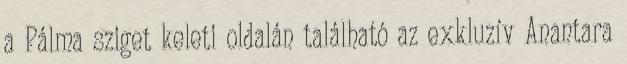
a Pálma sziget keleti oldalán található az exkluzív Anantara